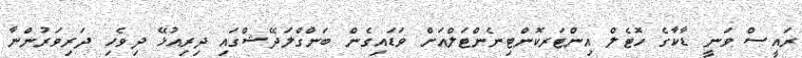
ރައީސް ވަނީ ޑާކާގެ ހޮޓެލް އިންޓަރކޮންޓިނެންޓަލްއަށް ވަޑައިގެން ބަންގްލަދޭޝްގައި ދިރިއުޅޭ ދިވެހި ދަރިވަރުންނާ